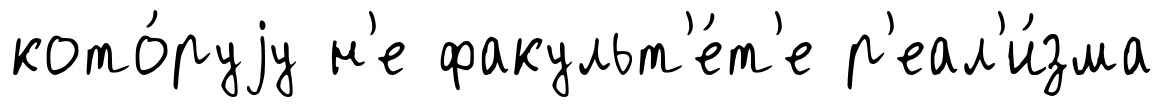
кото́руjу н'е факульт'е́т'е р'еал'и́зма